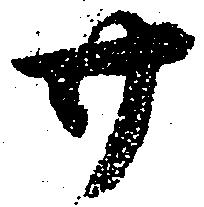
廿